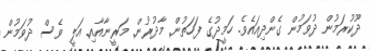
ދޫކުރަމުން ދުވަމުން ގެންދިއައެވެ. ހަމީދުގެ ފަހަތުން